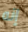
إنه